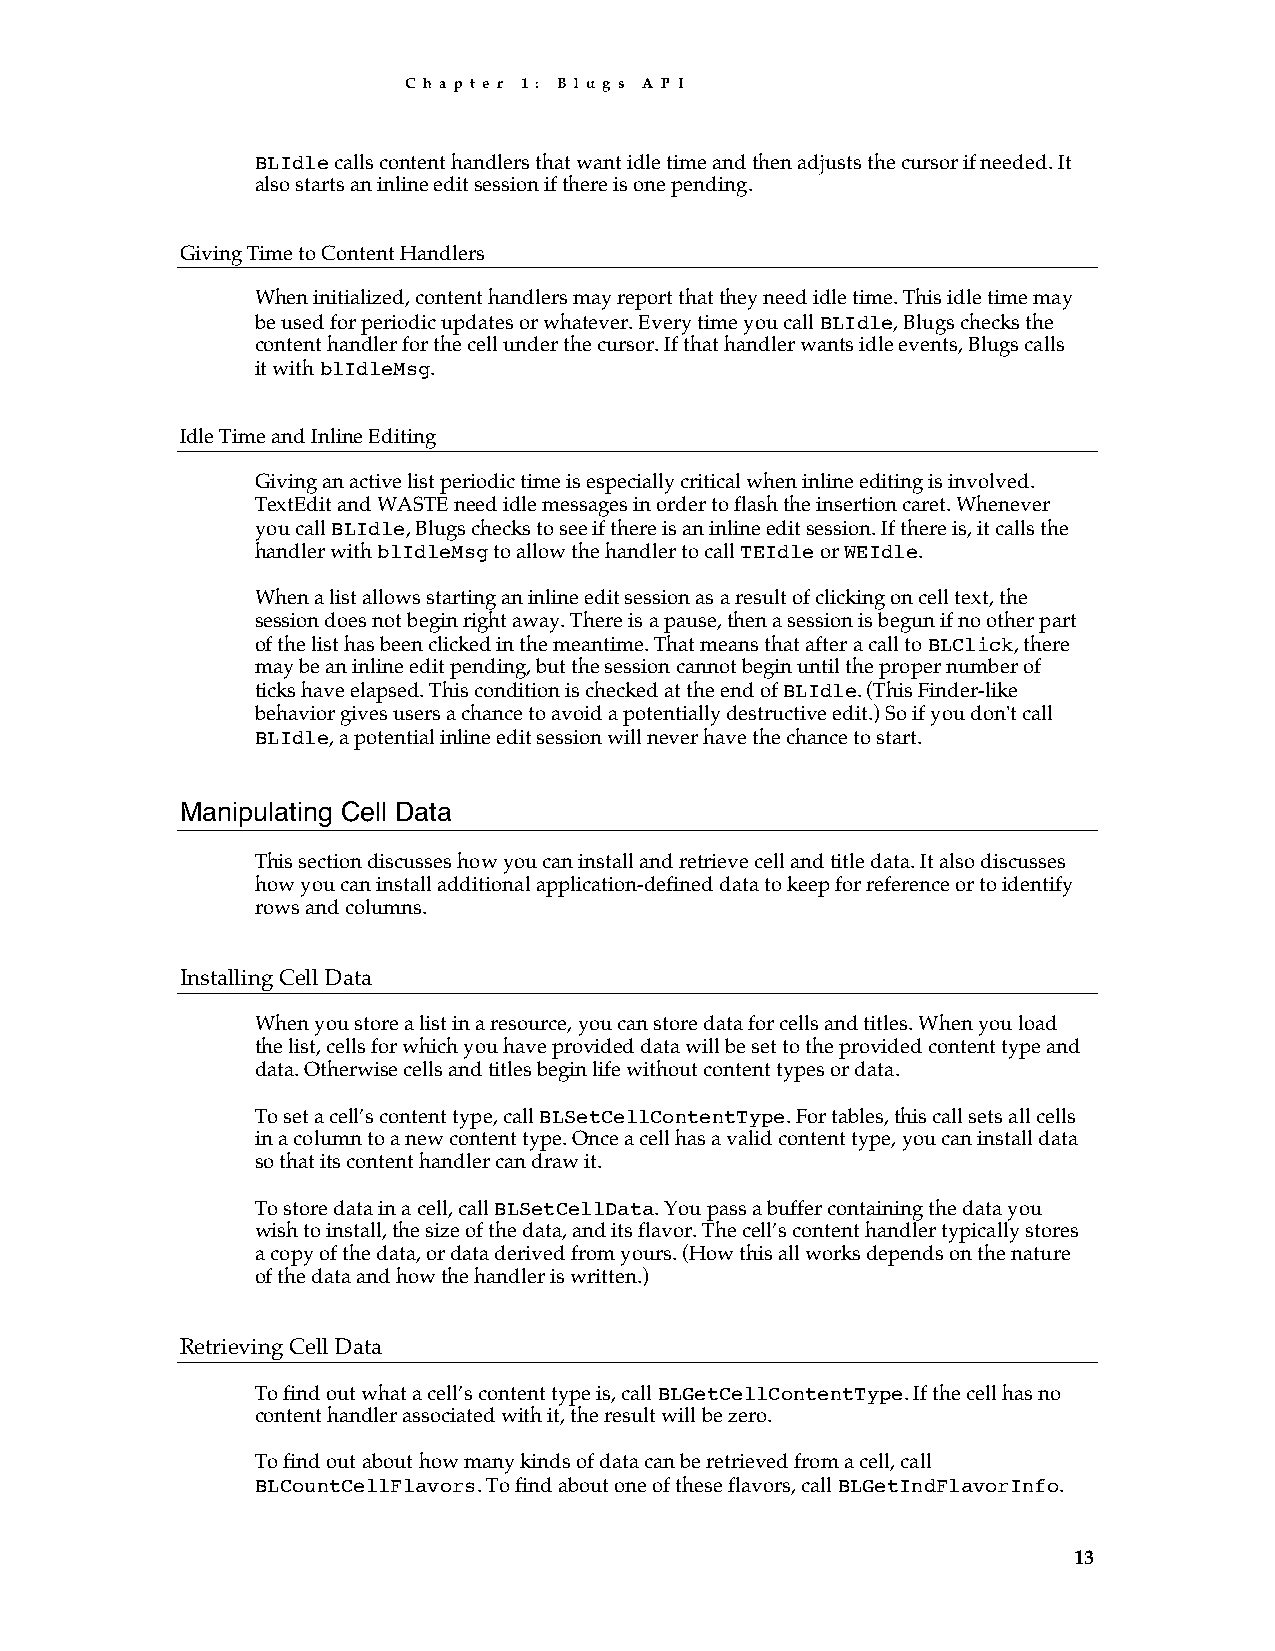
C h a p t e r 1 : B l u g s A P I
 BLIdle calls content handlers that want idle time and then adjusts the cursor if needed. It
 also starts an inline edit session if there is one pending.
 Giving Time to Content Handlers
 When initialized, content handlers may report that they need idle time. This idle time may
 be used for periodic updates or whatever. Every time you call BLIdle, Blugs checks the
 content handler for the cell under the cursor. If that handler wants idle events, Blugs calls
 it with blIdleMsg.
 Idle Time and Inline Editing
 Giving an active list periodic time is especially critical when inline editing is involved.
 TextEdit and WASTE need idle messages in order to flash the insertion caret. Whenever
 you call BLIdle, Blugs checks to see if there is an inline edit session. If there is, it calls the
 handler with blIdleMsg to allow the handler to call TEIdle or WEIdle.
 When a list allows starting an inline edit session as a result of clicking on cell text, the
 session does not begin right away. There is a pause, then a session is begun if no other part
 of the list has been clicked in the meantime. That means that after a call to BLClick, there
 may be an inline edit pending, but the session cannot begin until the proper number of
 ticks have elapsed. This condition is checked at the end of BLIdle. (This Finder-like
 behavior gives users a chance to avoid a potentially destructive edit.) So if you don't call
 BLIdle, a potential inline edit session will never have the chance to start.
 Manipulating Cell Data
 This section discusses how you can install and retrieve cell and title data. It also discusses
 how you can install additional application-defined data to keep for reference or to identify
 rows and columns.
 Installing Cell Data
 When you store a list in a resource, you can store data for cells and titles. When you load
 the list, cells for which you have provided data will be set to the provided content type and
 data. Otherwise cells and titles begin life without content types or data.
 To set a cell’s content type, call BLSetCellContentType. For tables, this call sets all cells
 in a column to a new content type. Once a cell has a valid content type, you can install data
 so that its content handler can draw it.
 To store data in a cell, call BLSetCellData. You pass a buffer containing the data you
 wish to install, the size of the data, and its flavor. The cell’s content handler typically stores
 a copy of the data, or data derived from yours. (How this all works depends on the nature
 of the data and how the handler is written.)
 Retrieving Cell Data
 To find out what a cell’s content type is, call BLGetCellContentType. If the cell has no
 content handler associated with it, the result will be zero.
 To find out about how many kinds of data can be retrieved from a cell, call
 BLCountCellFlavors. To find about one of these flavors, call BLGetIndFlavorInfo.
 13